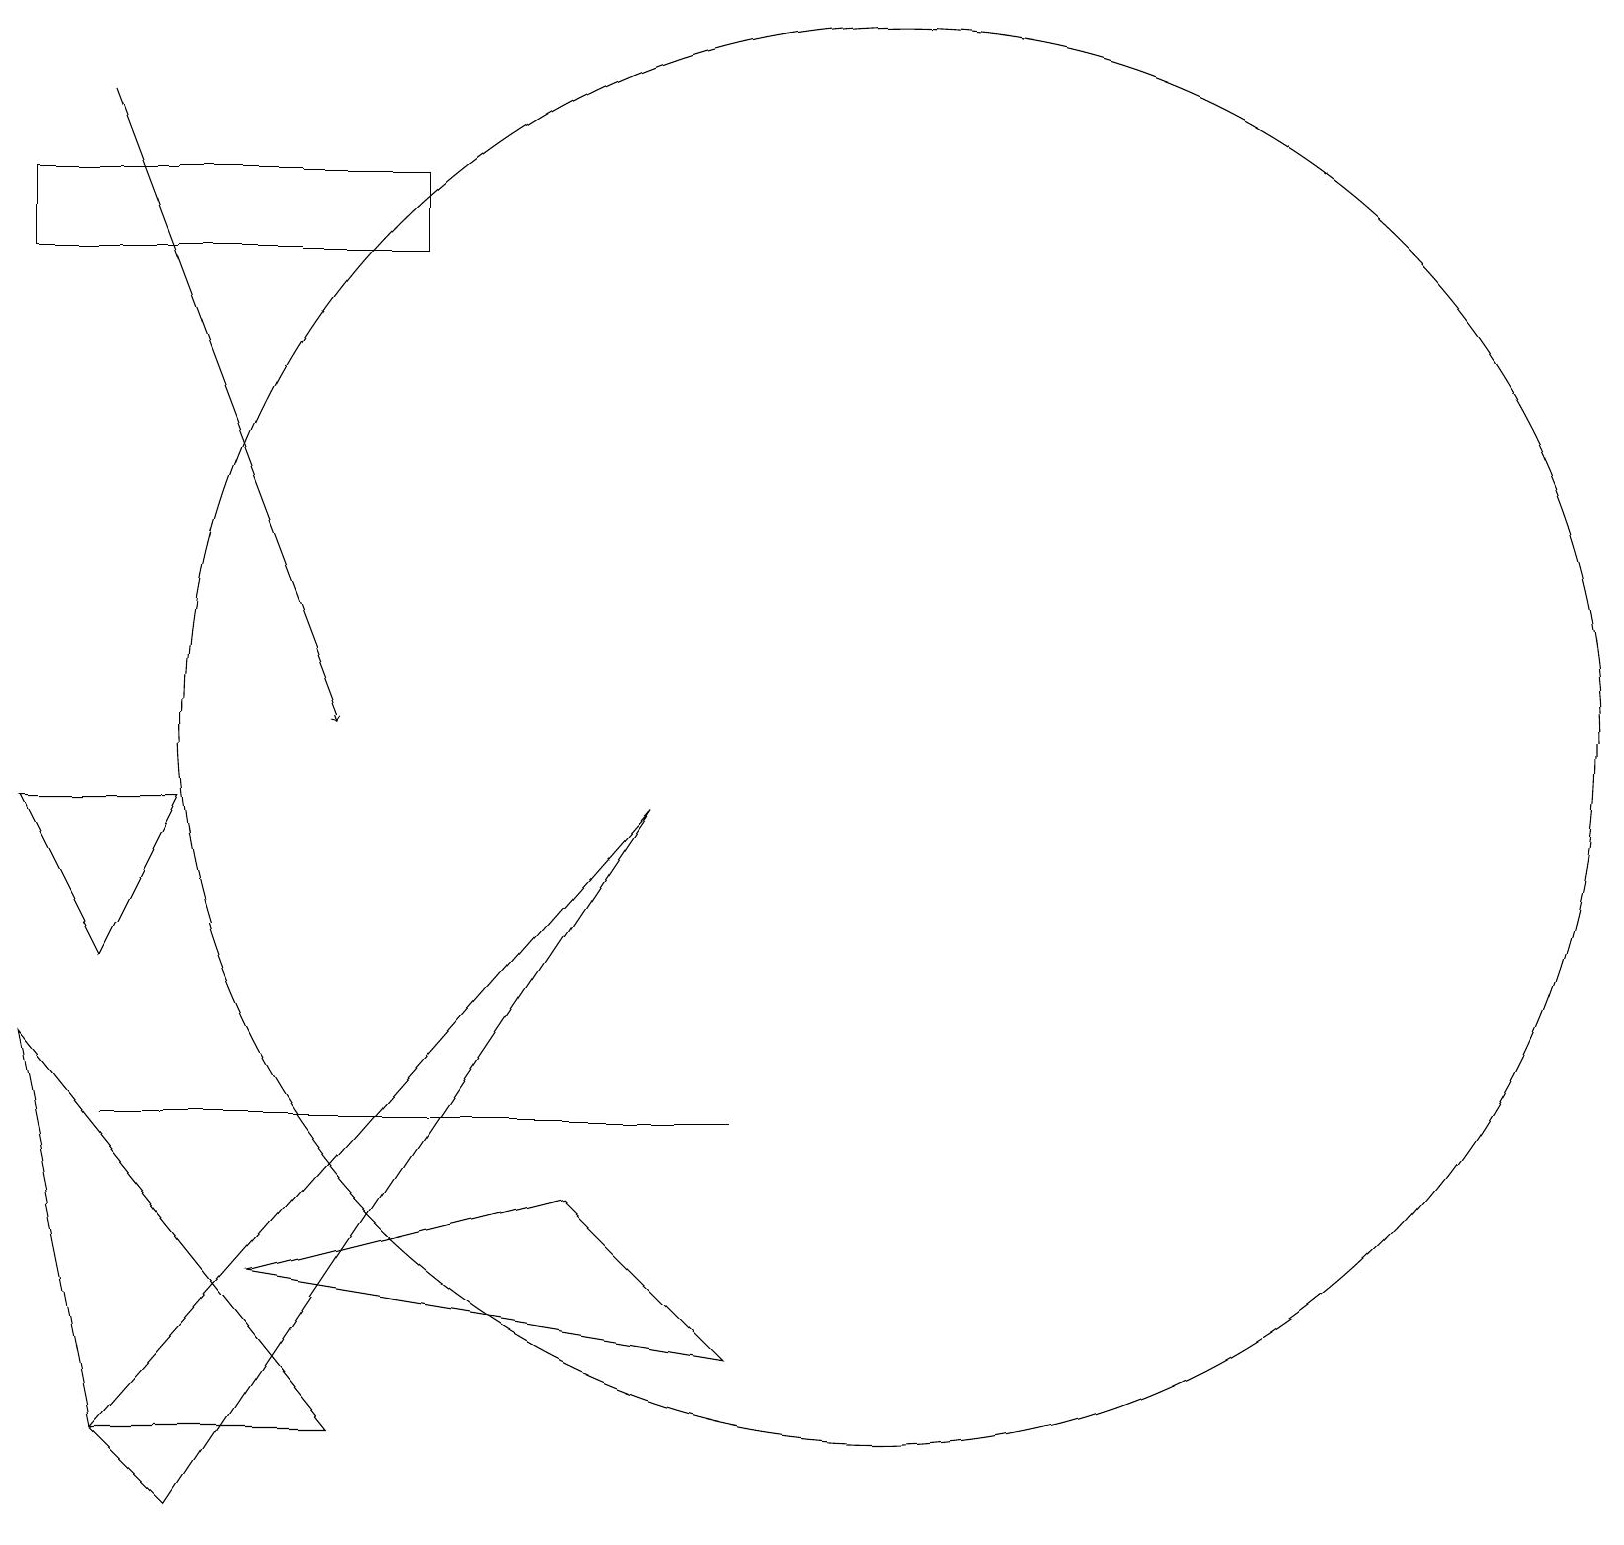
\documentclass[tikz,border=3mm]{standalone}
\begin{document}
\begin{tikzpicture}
\draw[->] (1,18) -- (4,10);
\draw (1,7) -- (2,9) -- (0,9) -- cycle;
\draw (8,9) -- (1,1) -- (2,0) -- cycle;
\draw (11,10) circle (9);
\draw (9,2) -- (3,3) -- (7,4) -- cycle;
\draw (3,5) -- (1,5) -- (9,5) -- cycle;
\draw (0,6) -- (4,1) -- (1,1) -- cycle;
\draw (5,16) rectangle (0,17);
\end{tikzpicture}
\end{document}